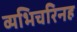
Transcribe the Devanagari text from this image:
व्यभिचरिनह